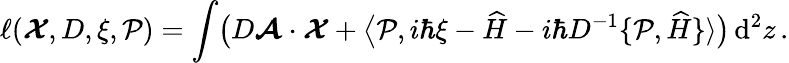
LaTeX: \ell(\boldsymbol{\cal X},D,\xi,{\cal P})=\int\! \big(D\boldsymbol{\cal A}\cdot\boldsymbol{\cal X}+\big\langle{\cal P},i\hbar\xi-{\widehat{H}}-i\hbar D^{-1}\{ {\cal P},\widehat{H}\} \rangle\big)\, \mathrm{d}^{2}z\, .